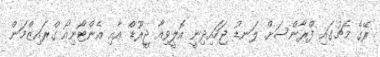
ރޭގެ މެޗުގައި ފްރާންސަށް ލަނޑު ޖަހައިދިނީ އޮލީވިއާ ޖީރޫޑް އާއި އެންޓޯނިއޯ ގްރައިޒްމަން